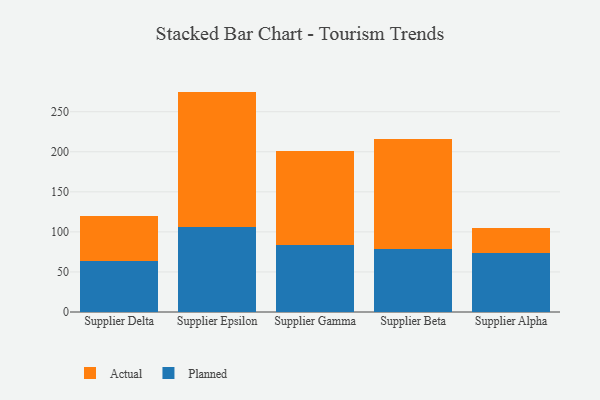
{"axis": {"x": "Supplier", "y": "Population (Million)"}, "legend": ["Actual", "Planned"], "data": [{"x": "Supplier Delta", "y": 64.2, "type": "Planned"}, {"x": "Supplier Delta", "y": 56.2, "type": "Actual"}, {"x": "Supplier Epsilon", "y": 105.7, "type": "Planned"}, {"x": "Supplier Epsilon", "y": 169.4, "type": "Actual"}, {"x": "Supplier Gamma", "y": 84.1, "type": "Planned"}, {"x": "Supplier Gamma", "y": 116.8, "type": "Actual"}, {"x": "Supplier Beta", "y": 78.5, "type": "Planned"}, {"x": "Supplier Beta", "y": 137.0, "type": "Actual"}, {"x": "Supplier Alpha", "y": 73.2, "type": "Planned"}, {"x": "Supplier Alpha", "y": 31.1, "type": "Actual"}]}